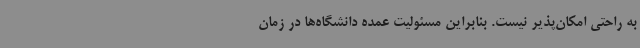
به راحتی امکان‌پذیر نیست. بنابراین مسئولیت عمده دانشگاه‌ها در زمان